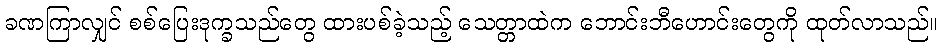
ခဏကြာလျှင် စစ်ပြေးဒုက္ခသည်တွေ ထားပစ်ခဲ့သည့် သေတ္တာထဲက ဘောင်းဘီဟောင်းတွေကို ထုတ်လာသည်။